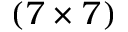
( 7 \times 7 )